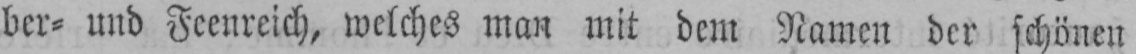
ber⸗ und Feenreich, welches man mit dem Namen der schönen